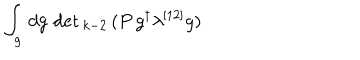
LaTeX: \int _ { g } \, d g \, \det { } _ { k - 2 } \, ( P \, g ^ { \dagger } \lambda ^ { [ 1 2 ] } g )